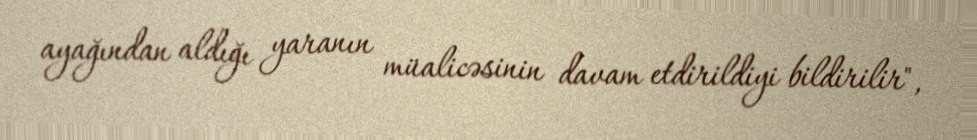
ayağından aldığı yaranın müalicəsinin davam etdirildiyi bildirilir",